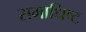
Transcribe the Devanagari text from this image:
समाधिष्ट